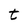
Character: t